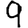
Digit: 9